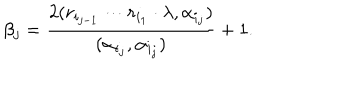
\beta _ { j } = \frac { 2 ( r _ { i _ { j - 1 } } \cdots r _ { i _ { 1 } } \cdot \lambda , \alpha _ { i _ { j } } ) } { ( \alpha _ { i _ { j } } , \alpha _ { i _ { j } } ) } + 1 .